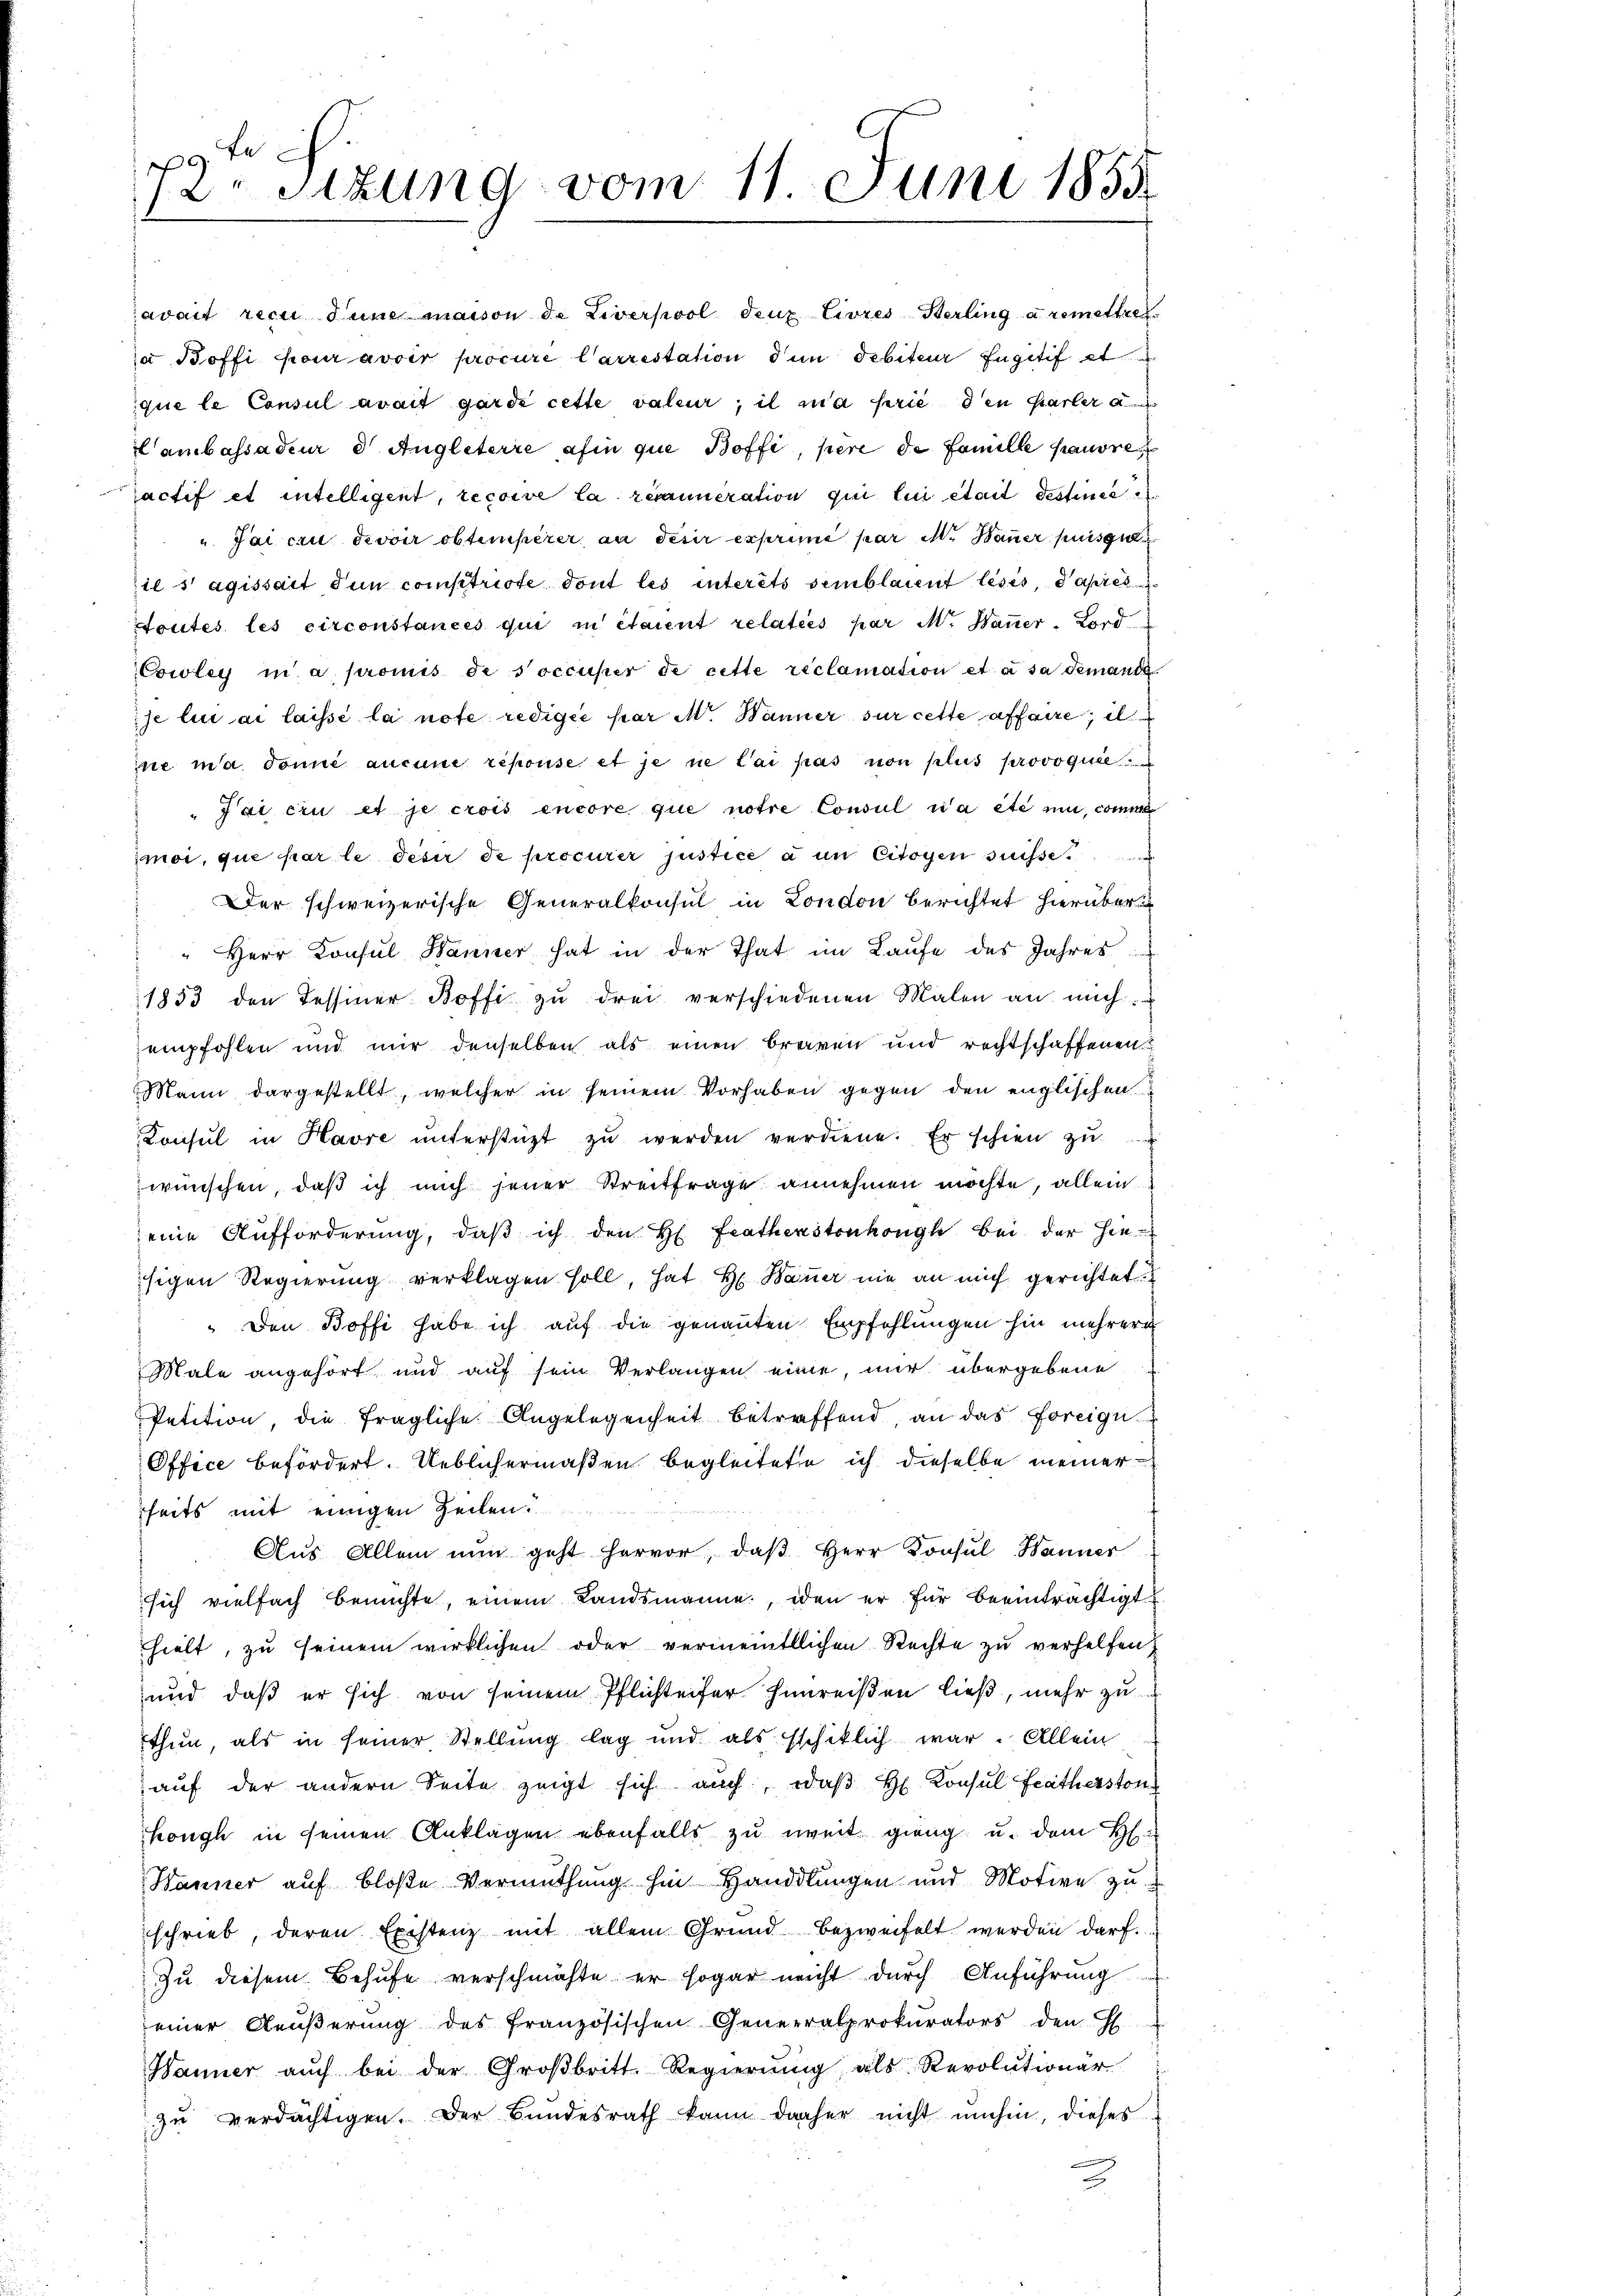
fe
72. Sitzung vom 11 Juni 1855

aŭf der andern Seite zeigt sich auch, daβ H. Konsul Frätherston
hough in seinen Anklagen ebenfalls zu weit ging u. dem H
Wanner auf bloße Vermuthung hin Handlungen und Motive zu
schrieb, deren Existenz mit allem Grund bezweifelt werden darf.
Zu diesem Behufe verschmähte er sogar nicht durch Anführung
einer Aeußerung des französischen Generalprokurators den H.
Hanner aŭch bei der Groβbritt. Regierŭng als Revolutionär
zu verdächtigen. Der Bundesrath kann daher nicht umhin, dieses
2

avait recu Sune maison de Liverpool deux livres-Berling a remettre
ja Boffi pour avoir procure Carrestation dem debiteur Engitif et
que le Consul avait garde cette valeur; il ma prie den Karler a
ambassadeur d. Augleterre afin que Boffe, pere de Famille pauvre
actif et intelligent, recouve la remanneration qui en était destimme
"Jai cru devoir obtemperer, an desir exprimé par M. Bauer puisgi
il s’agissart Tun comstriste dont les interêts semblaient leses, dates
Stoutes les circonstances qui en étaient relatiés par M. Bauer-Lord
Cowley in a. promis de soccuper de cette reclamation et à sa demanda
se lui ai laissé la note rediger par Mr. Hänner sur cette affaire, il
ne ma donne aucune repouse et je ne lai pas non plus provoquée
Tai ein et je crois encore que notre Consul wa etc un comme
moi, que par le deser de procurer justice à un citoyen suisse
Der schweizerische Generalkonsul in London berichtet hierüber
" Herr Konsul Hänner hat in der That im Laŭfe des Jahres
1853 den Tessiner Boffi zu drei verschiedenen Malen an mich
zempfohlen und mir denselben als einen braven und rechtschaffenen
Mann dargestellt, welcher in seinem Vorhaben gegen den englischen
Konsul in Havre ŭnterstüzt zŭ werden verdiene. Er schien zŭ
wünschen, daß ich mich jener Streitfrage annehmen möchte, allein
eine Aufforderung, daß ich den H. Frathenstonkongh bei der hiesigen Regierung verklagen soll, hat H. Bauer nie an mich gerichtet
" Den Boffi habe ich auf die genannten Empfehlungen hin mehrere
Male angehört und auf sein Verlangen eine, nur übergebene
Petition, die fragliche Angelegenheit betreffend, an das freign
Office befördert. Ueblichermaßen begleitete ich dieselbe meiner
seits mit einigen Zeilen.
Aus Allem nun geht hervor, daβ Herr Konsul Hanner
sich vielfach bemühte, einem Landsmanne, den er für beeinträchtigt
hielt, zu seinem wirklichen oder vermeintlichen Rechte zu verhelfen,
und daß er sich von seinem Pflichteifer hinreißen ließ, mehr zu
thun, als in seiner Stellung lag und als Eschiklich war. Allein